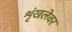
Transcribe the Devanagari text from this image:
शृंखलेवर